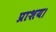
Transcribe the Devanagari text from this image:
प्राशय।